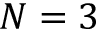
N = 3